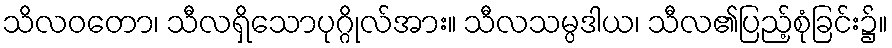
သိလဝတော၊ သီလရှိသောပုဂ္ဂိုလ်အား။ သီလသမ္ပဒါယ၊ သီလ၏ပြည့်စုံခြင်း၌။